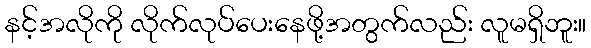
နင့်အလိုကို လိုက်လုပ်ပေးနေဖို့အတွက်လည်း လူမရှိဘူး။